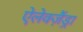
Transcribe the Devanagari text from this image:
ऐलेक्ज़ैंड्रा